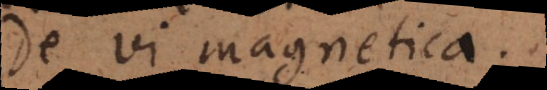
De vi magnetica.